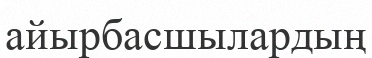
айырбасшылардың